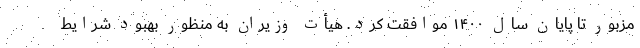
مزبور تا پایان سال ۱۴۰۰ موافقت کرد. هیأت وزیران به منظور بهبود شرایط